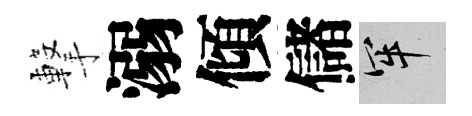
撃溺傾儲牢